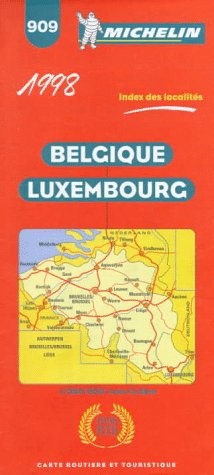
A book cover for Belgium/Luxembourg (Michelin Maps); Michelin Travel Publications; Travel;